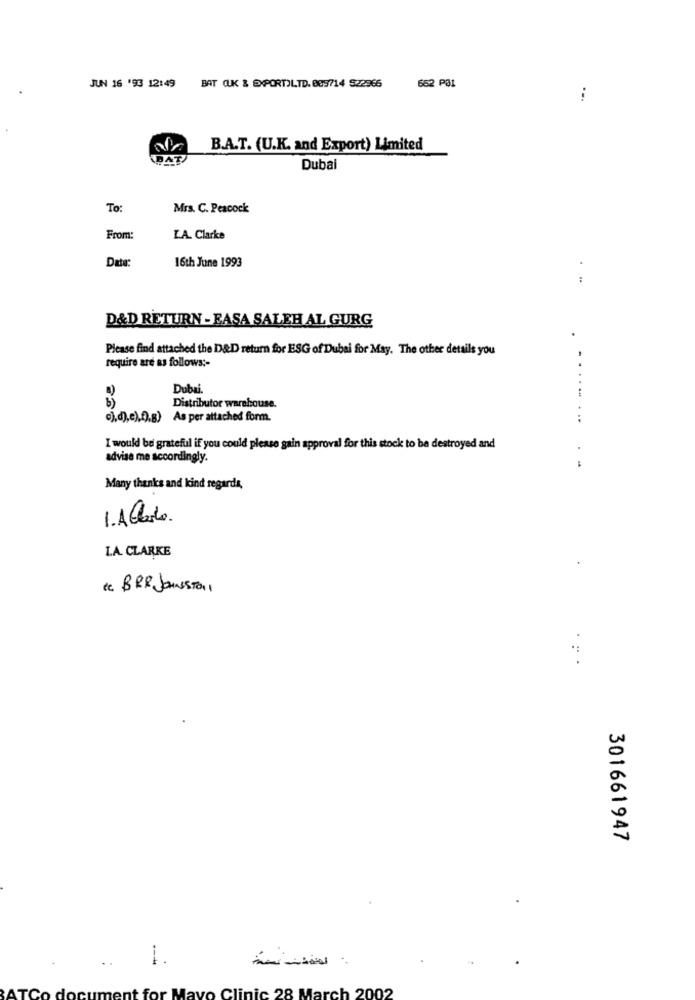
BAT CUK & EXPORT)LTD. 089714 522966
652 Pat
JUN 16 '93 12:491
B.A.T. (U.K. and Export) Limited
BAT
Dubai
To:
Mrs. C. Peacock
From:
I.A. Clarke
Date:
16th June 1993
:
D&D RETURN - EASA SALEH AL GURG
Please find attached the D&D return for ESG of Dubai for May. The other details you
require are as follows :-
Dubai.
Distributor warehouse.
c),d),e), f),g) As per attached form.
. ..
I would be grateful if you could please gain approval for this stock to be destroyed and
advise me accordingly.
Many thanks and kind regards,
1. A Clasto
LA. CLARKE
* BRD JOHNSTON1
301661947
1.
---
for Mayo Clinic 28 March 2002